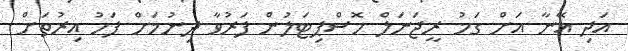
އަދި އޭނާ އަށް ގަމު ރީޖަނަލް ހޮސްޕިޓަލުން ފަރުވާ ދިނުމަށް ފަހު އިރުތަށް